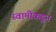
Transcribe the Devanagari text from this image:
स्वामीकडून